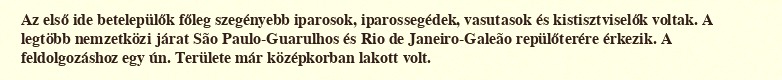
Az első ide betelepülők főleg szegényebb iparosok, iparossegédek, vasutasok és kistisztviselők voltak. A legtöbb nemzetközi járat São Paulo-Guarulhos és Rio de Janeiro-Galeão repülőterére érkezik. A feldolgozáshoz egy ún. Területe már középkorban lakott volt.